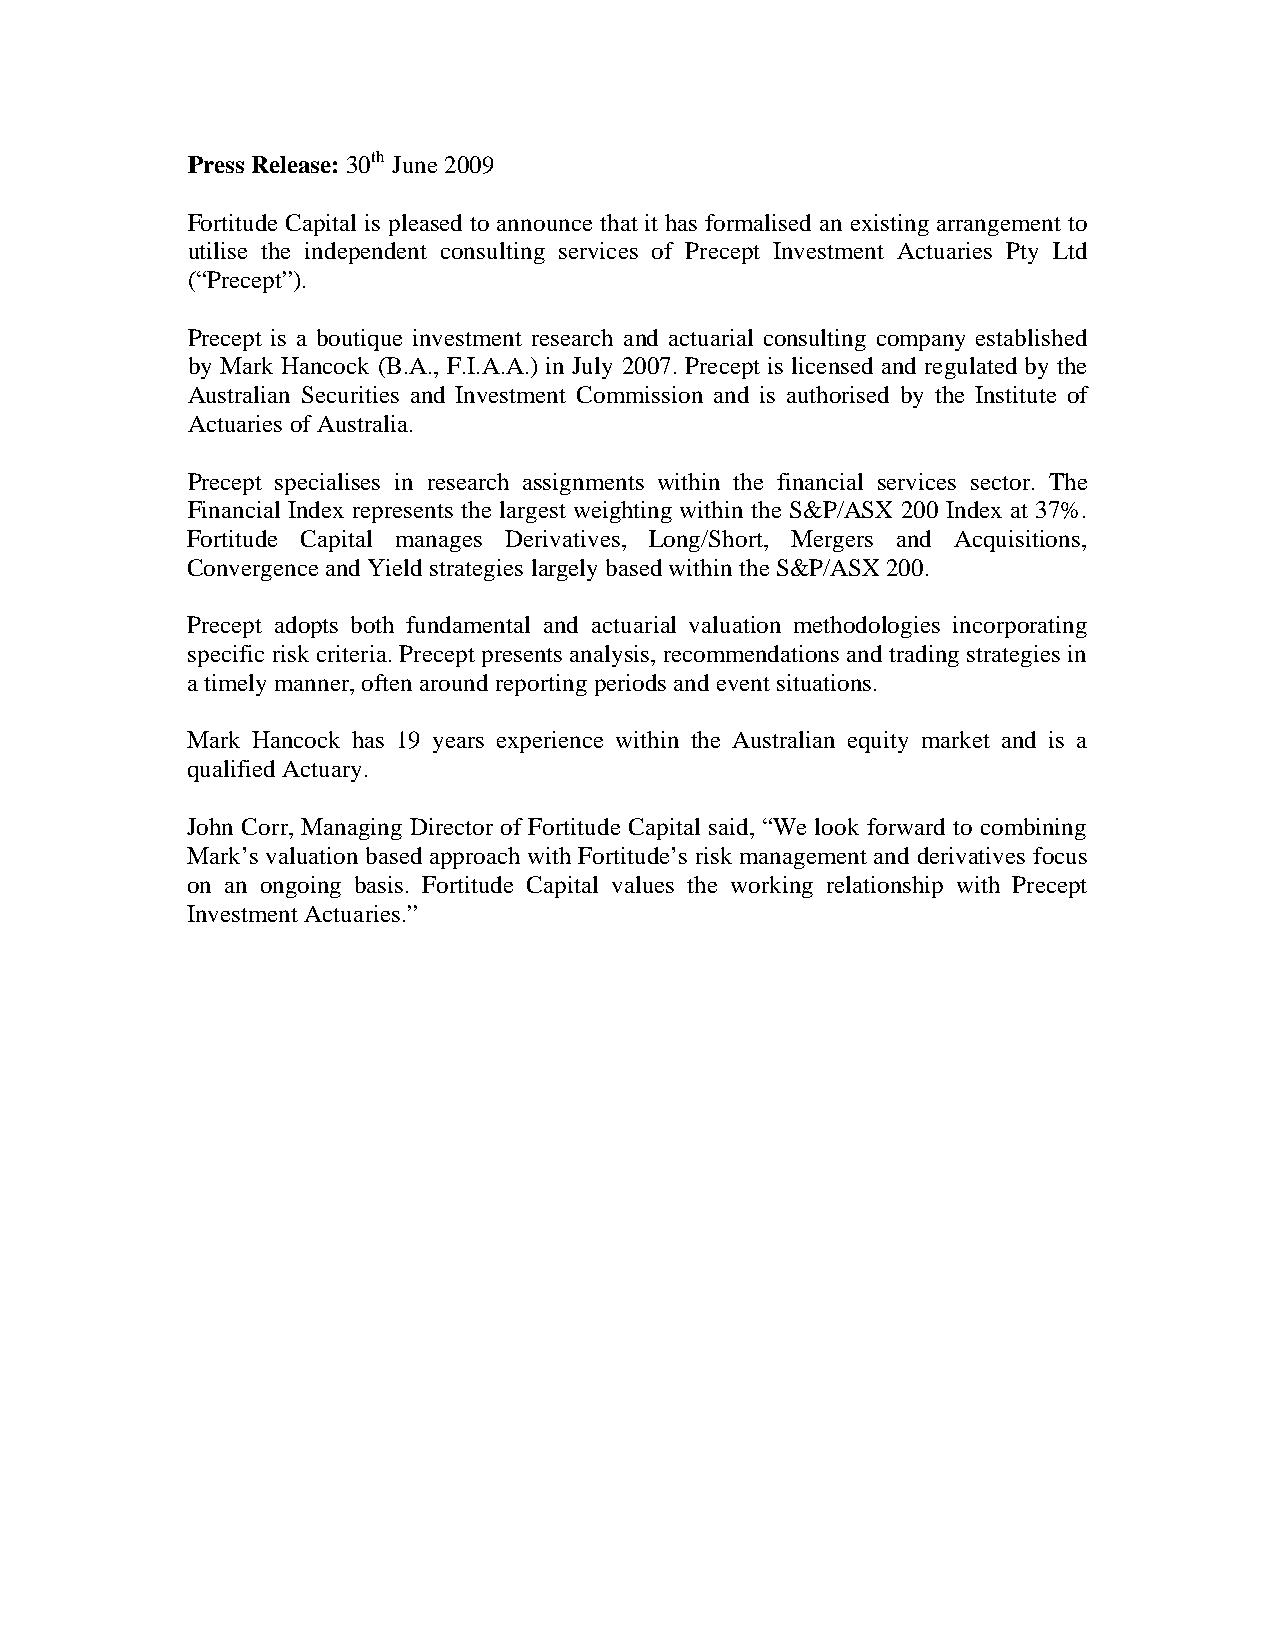
Press Release: 30th June 2009
 Fortitude Capital is pleased to announce that it has formalised an existing arrangement to
 utilise the independent consulting services of Precept Investment Actuaries Pty Ltd
 (“Precept”).
 Precept is a boutique investment research and actuarial consulting company established
 by Mark Hancock (B.A., F.I.A.A.) in July 2007. Precept is licensed and regulated by the
 Australian Securities and Investment Commission and is authorised by the Institute of
 Actuaries of Australia.
 Precept specialises in research assignments within the financial services sector. The
 Financial Index represents the largest weighting within the S&P/ASX 200 Index at 37%.
 Fortitude Capital manages Derivatives, Long/Short, Mergers and Acquisitions,
 Convergence and Yield strategies largely based within the S&P/ASX 200.
 Precept adopts both fundamental and actuarial valuation methodologies incorporating
 specific risk criteria. Precept presents analysis, recommendations and trading strategies in
 a timely manner, often around reporting periods and event situations.
 Mark Hancock has 19 years experience within the Australian equity market and is a
 qualified Actuary.
 John Corr, Managing Director of Fortitude Capital said, “We look forward to combining
 Mark’s valuation based approach with Fortitude’s risk management and derivatives focus
 on an ongoing basis. Fortitude Capital values the working relationship with Precept
 Investment Actuaries.”